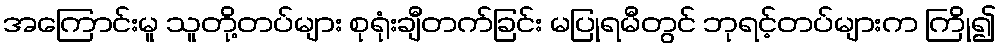
အကြောင်းမူ သူတို့တပ်များ စုရုံးချီတက်ခြင်း မပြုရမီတွင် ဘုရင့်တပ်များက ကြို၍